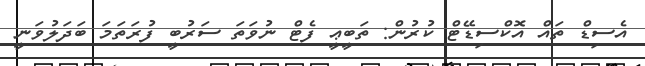
އެސިޑް ތައް އޮކްސިޑޭޓް ކުރުން: ތަބީޢީ ފެޓް ނުވަތަ ސަރުބީ ފުރަތަމަ ބަދަލުވަނީ